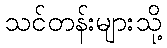
သင်တန်းများသို့